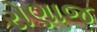
રોણાજ